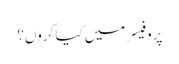
پروفیسر میں کیا کروں؟